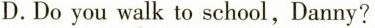
D.Do you walk to school,Danny?